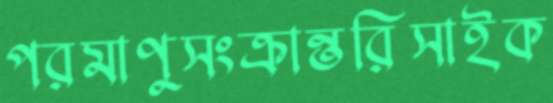
পরমাণুসংক্রান্তরিসাইক